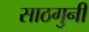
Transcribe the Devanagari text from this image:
साठगुनी